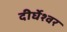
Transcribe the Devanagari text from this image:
दीर्घेश्वर